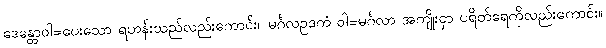
ဒေန္တောဝါ=ပေးသော ရဟန်းသည်လည်းကောင်း။ မင်္ဂလဥဒကံ ဝါ=မင်္ဂလာ အကျိုးငှာ ပရိတ်ရေကိုလည်းကောင်း။